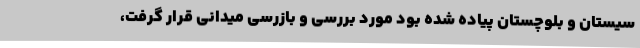
سیستان و بلوچستان پیاده شده بود مورد بررسی و بازرسی میدانی قرار گرفت،